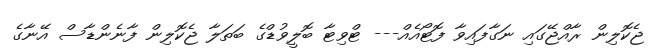
ޖެކޮލިން ރާއްޖޭގައި ނަގާފައިވާ ފޮޓޯއެއް--- ޓްވިޓާ ބޮލީވުޑްގެ ބަތަލާ ޖެކޮލިން ފާނެންޑާސް އޭނާގެ